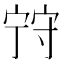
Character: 𡨺